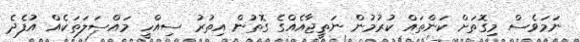
ނަމަވެސް މިގޮތަށް ކަންތައް ކުރުމުން ނަތީޖާއެއްގެ ގޮތުން އިތުރު ސިއްހީ މައްސަލަތަކެއް އުފެދެ